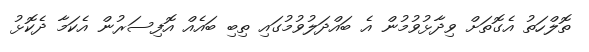
ތޮލްހަތު އެގޮތަށް ވިދާޅުވުމުން އެ ބައްދަލުވުމުގައި ތިބި ބައެއް އޮފިސަރުން އެކަމާ ދެކޮޅު